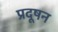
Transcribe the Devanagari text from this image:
प्रदूषन